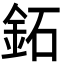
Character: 鉐